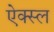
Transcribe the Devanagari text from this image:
ऐक्स्ल